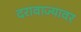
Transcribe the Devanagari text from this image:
दरावाज्यावर